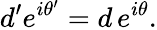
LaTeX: d^{\prime}e^{i\theta^{\prime}}=d\, e^{i\theta}.